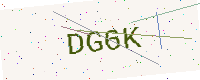
Text: DG6K